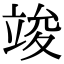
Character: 竣